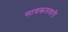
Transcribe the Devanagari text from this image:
सायकलवारी